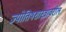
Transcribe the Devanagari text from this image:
ज्योतिषशास्त्रावरील